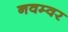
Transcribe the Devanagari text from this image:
नवम्‍वर